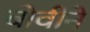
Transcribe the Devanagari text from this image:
बोवीने